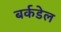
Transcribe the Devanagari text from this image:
बर्कडेल